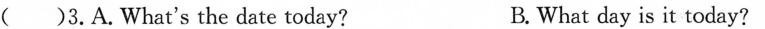
()3. A. What's the date today? B. What day is it today?